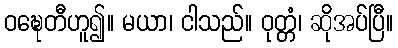
ဝဍ္ဎေတီဟူ၍။ မယာ၊ ငါသည်။ ဝုတ္တံ၊ ဆိုအပ်ပြီ။